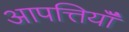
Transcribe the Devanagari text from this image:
आपत्तियॉँ